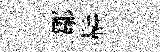
鄒鞅